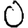
Digit: 0